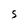
Character: S